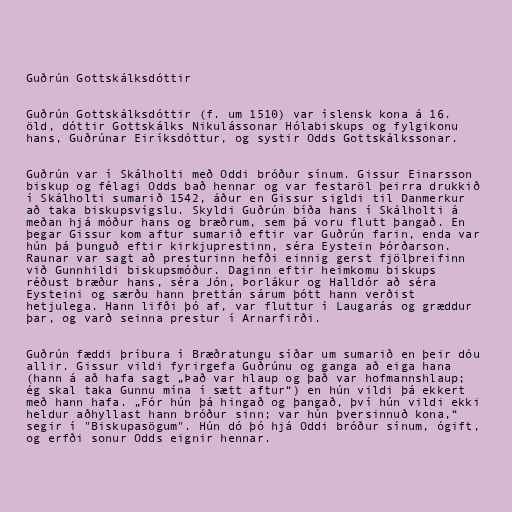
Guðrún Gottskálksdóttir

Guðrún Gottskálksdóttir (f. um 1510) var íslensk kona á 16.
öld, dóttir Gottskálks Nikulássonar Hólabiskups og fylgikonu
hans, Guðrúnar Eiríksdóttur, og systir Odds Gottskálkssonar.

Guðrún var í Skálholti með Oddi bróður sínum. Gissur Einarsson
biskup og félagi Odds bað hennar og var festaröl þeirra drukkið
í Skálholti sumarið 1542, áður en Gissur sigldi til Danmerkur
að taka biskupsvígslu. Skyldi Guðrún bíða hans í Skálholti á
meðan hjá móður hans og bræðrum, sem þá voru flutt þangað. En
þegar Gissur kom aftur sumarið eftir var Guðrún farin, enda var
hún þá þunguð eftir kirkjuprestinn, séra Eystein Þórðarson.
Raunar var sagt að presturinn hefði einnig gerst fjölþreifinn
við Gunnhildi biskupsmóður. Daginn eftir heimkomu biskups
réðust bræður hans, séra Jón, Þorlákur og Halldór að séra
Eysteini og særðu hann þrettán sárum þótt hann verðist
hetjulega. Hann lifði þó af, var fluttur í Laugarás og græddur
þar, og varð seinna prestur í Arnarfirði.

Guðrún fæddi þríbura í Bræðratungu síðar um sumarið en þeir dóu
allir. Gissur vildi fyrirgefa Guðrúnu og ganga að eiga hana
(hann á að hafa sagt „Það var hlaup og það var hofmannshlaup;
ég skal taka Gunnu mína í sætt aftur“) en hún vildi þá ekkert
með hann hafa. „Fór hún þá hingað og þangað, því hún vildi ekki
heldur aðhyllast hann bróður sinn; var hún þversinnuð kona,“
segir í "Biskupasögum". Hún dó þó hjá Oddi bróður sínum, ógift,
og erfði sonur Odds eignir hennar.